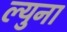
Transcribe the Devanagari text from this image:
ल्युना